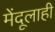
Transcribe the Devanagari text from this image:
मेंदूलाही